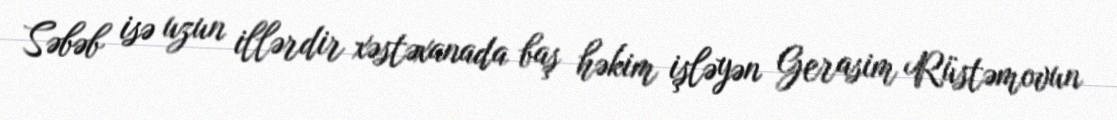
Səbəb isə uzun illərdir xəstəxanada baş həkim işləyən Gerasim Rüstəmovun